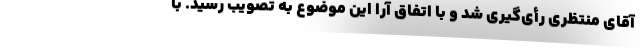
آقای منتظری رأی‌گیری شد و با اتفاق آرا این موضوع به تصویب رسید. با